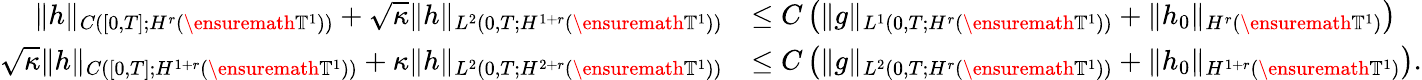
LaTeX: \begin{array}{rl}{\| h\| _{C([0,T];H^{r}(\ensuremath{\mathbb{T}}^{1}))}+\sqrt{\kappa}\| h\| _{L^{2}(0,T;H^{1+r}(\ensuremath{\mathbb{T}}^{1}))}}&{\leq C\left(\| g\| _{L^{1}(0,T;H^{r}(\ensuremath{\mathbb{T}}^{1}))}+\| h_{0}\| _{H^{r}(\ensuremath{\mathbb{T}}^{1})}\right)}\\ {\sqrt{\kappa}\| h\| _{C([0,T];H^{1+r}(\ensuremath{\mathbb{T}}^{1}))}+\kappa\| h\| _{L^{2}(0,T;H^{2+r}(\ensuremath{\mathbb{T}}^{1}))}}&{\leq C\left(\| g\| _{L^{2}(0,T;H^{r}(\ensuremath{\mathbb{T}}^{1}))}+\| h_{0}\| _{H^{1+r}(\ensuremath{\mathbb{T}}^{1})}\right).}\end{array}